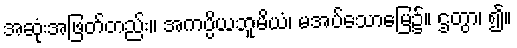
အဆုံးအဖြတ်တည်း။ အကပ္ပိယဘူမိယံ၊ မအပ်သောမြေ၌။ ဌတွာ၊ ၍။